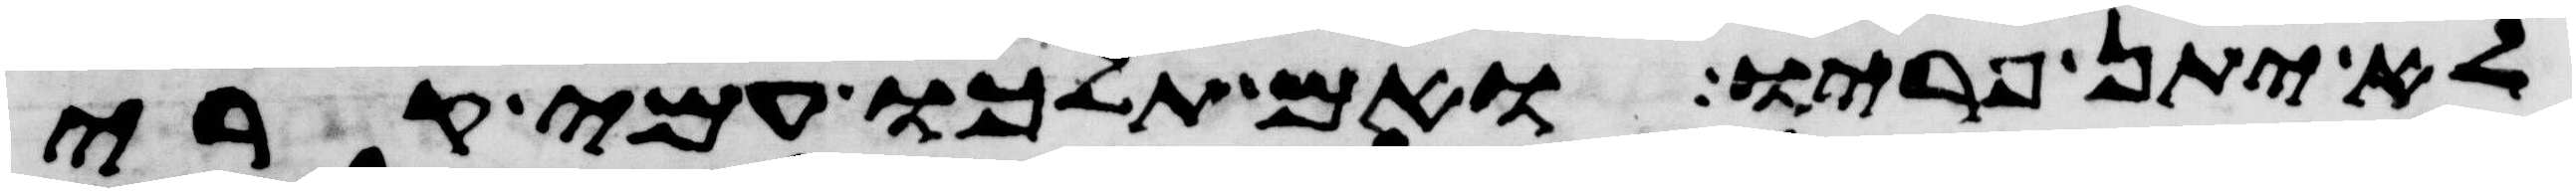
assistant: לא יתן פריו ואם תלכו עמי קרי